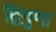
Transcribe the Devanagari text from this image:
द्विगुणा